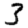
Digit: 3